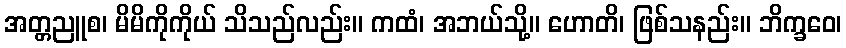
အတ္တညူစ၊ မိမိကိုကိုယ် သိသည်လည်း။ ကထံ၊ အဘယ်သို့။ ဟောတိ၊ ဖြစ်သနည်း။ ဘိက္ခဝေ၊